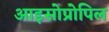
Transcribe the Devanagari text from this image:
आइसोप्रोपिल